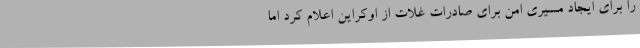
را برای ایجاد مسیری امن برای صادرات غلات از اوکراین اعلام کرد اما